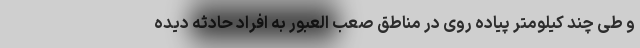
و طی چند کیلومتر پیاده روی در مناطق صعب العبور به افراد حادثه دیده